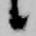
候